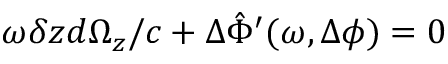
\omega \delta z d \Omega _ { z } / c + \Delta \hat { \Phi } ^ { \prime } ( \omega , \Delta \phi ) = 0